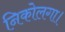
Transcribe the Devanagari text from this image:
निकोलगा।